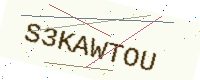
Text: S3KAWTOU